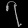
Digit: ၇